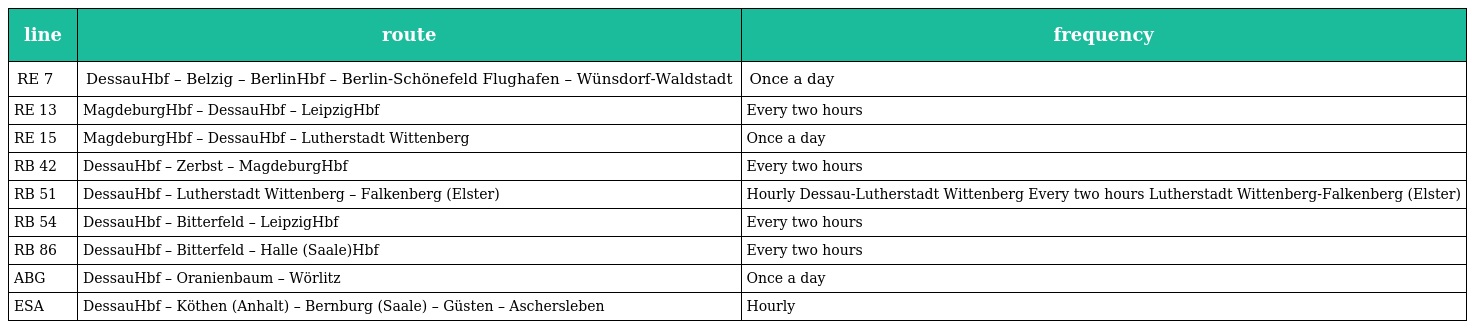
| line | route | frequency |
 | --- | --- | --- |
 | RE 7 | DessauHbf – Belzig – BerlinHbf – Berlin-Schönefeld Flughafen – Wünsdorf-Waldstadt | Once a day |
 | RE 13 | MagdeburgHbf – DessauHbf – LeipzigHbf | Every two hours |
 | RE 15 | MagdeburgHbf – DessauHbf – Lutherstadt Wittenberg | Once a day |
 | RB 42 | DessauHbf – Zerbst – MagdeburgHbf | Every two hours |
 | RB 51 | DessauHbf – Lutherstadt Wittenberg – Falkenberg (Elster) | Hourly Dessau-Lutherstadt Wittenberg Every two hours Lutherstadt Wittenberg-Falkenberg (Elster) |
 | RB 54 | DessauHbf – Bitterfeld – LeipzigHbf | Every two hours |
 | RB 86 | DessauHbf – Bitterfeld – Halle (Saale)Hbf | Every two hours |
 | ABG | DessauHbf – Oranienbaum – Wörlitz | Once a day |
 | ESA | DessauHbf – Köthen (Anhalt) – Bernburg (Saale) – Güsten – Aschersleben | Hourly |